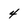
Character: 4